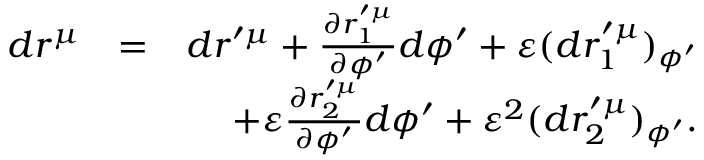
\begin{array} { r l r } { d r ^ { \mu } } & { = } & { d r ^ { \prime \mu } + \frac { \partial r _ { 1 } ^ { \prime \mu } } { \partial \phi ^ { \prime } } d \phi ^ { \prime } + \varepsilon ( d r _ { 1 } ^ { \prime \mu } ) _ { \phi ^ { \prime } } } \\ & { } & { + \varepsilon \frac { \partial r _ { 2 } ^ { \prime \mu } } { \partial \phi ^ { \prime } } d \phi ^ { \prime } + \varepsilon ^ { 2 } ( d r _ { 2 } ^ { \prime \mu } ) _ { \phi ^ { \prime } } . } \end{array}